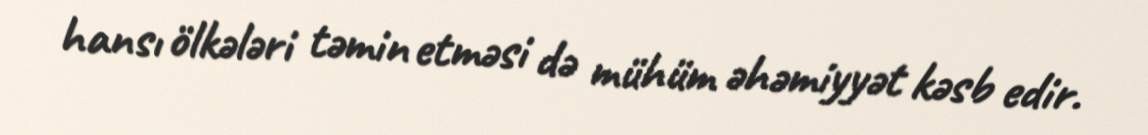
hansı ölkələri təmin etməsi də mühüm əhəmiyyət kəsb edir.